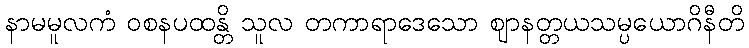
နာမမူလကံ ဝစနပထန္တိ သူလ တကာရာဒေသော ဈာနတ္တယသမ္ပယောဂိနီတိ